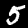
Label: 5